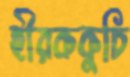
হীরককুচি